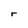
Character: r